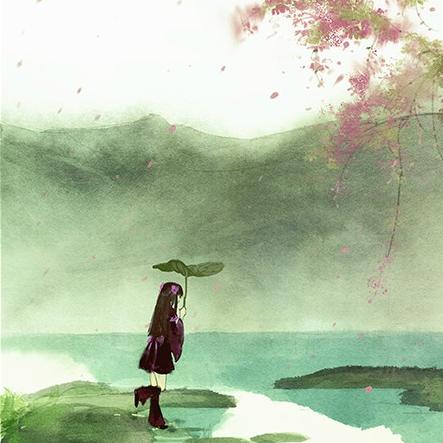
梧桐叶上三更雨，叶叶声声是别离。